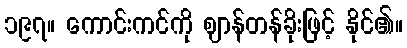
၁၉၇။ ကောင်းကင်ကို ဈာန်တန်ခိုးဖြင့် နိုင်၏။